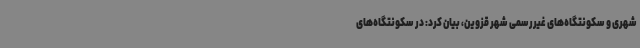
شهری و سکونتگاه‌های غیررسمی شهر قزوین، بیان کرد: در سکونتگاه‌های